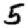
Digit: 5